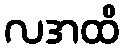
လအထိ